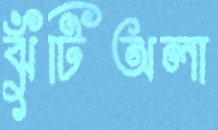
ঝুঁটিঅলা